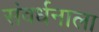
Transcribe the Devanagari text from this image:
संवर्धनाला